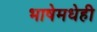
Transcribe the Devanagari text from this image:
भाषेमधेही